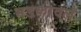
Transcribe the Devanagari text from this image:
भडकावले